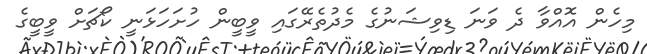
މިހެން އޮއްވާ ދެ ވަނަ ޑިވިޝަނުގެ މެދުތެރޭގައި ވީބީން ހުށަހަޅަނީ ކޯޗަށް ވީބީގެ